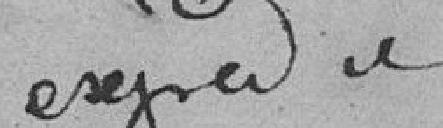
expédiés